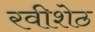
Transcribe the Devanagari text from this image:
रवीशेठ